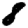
Digit: 8